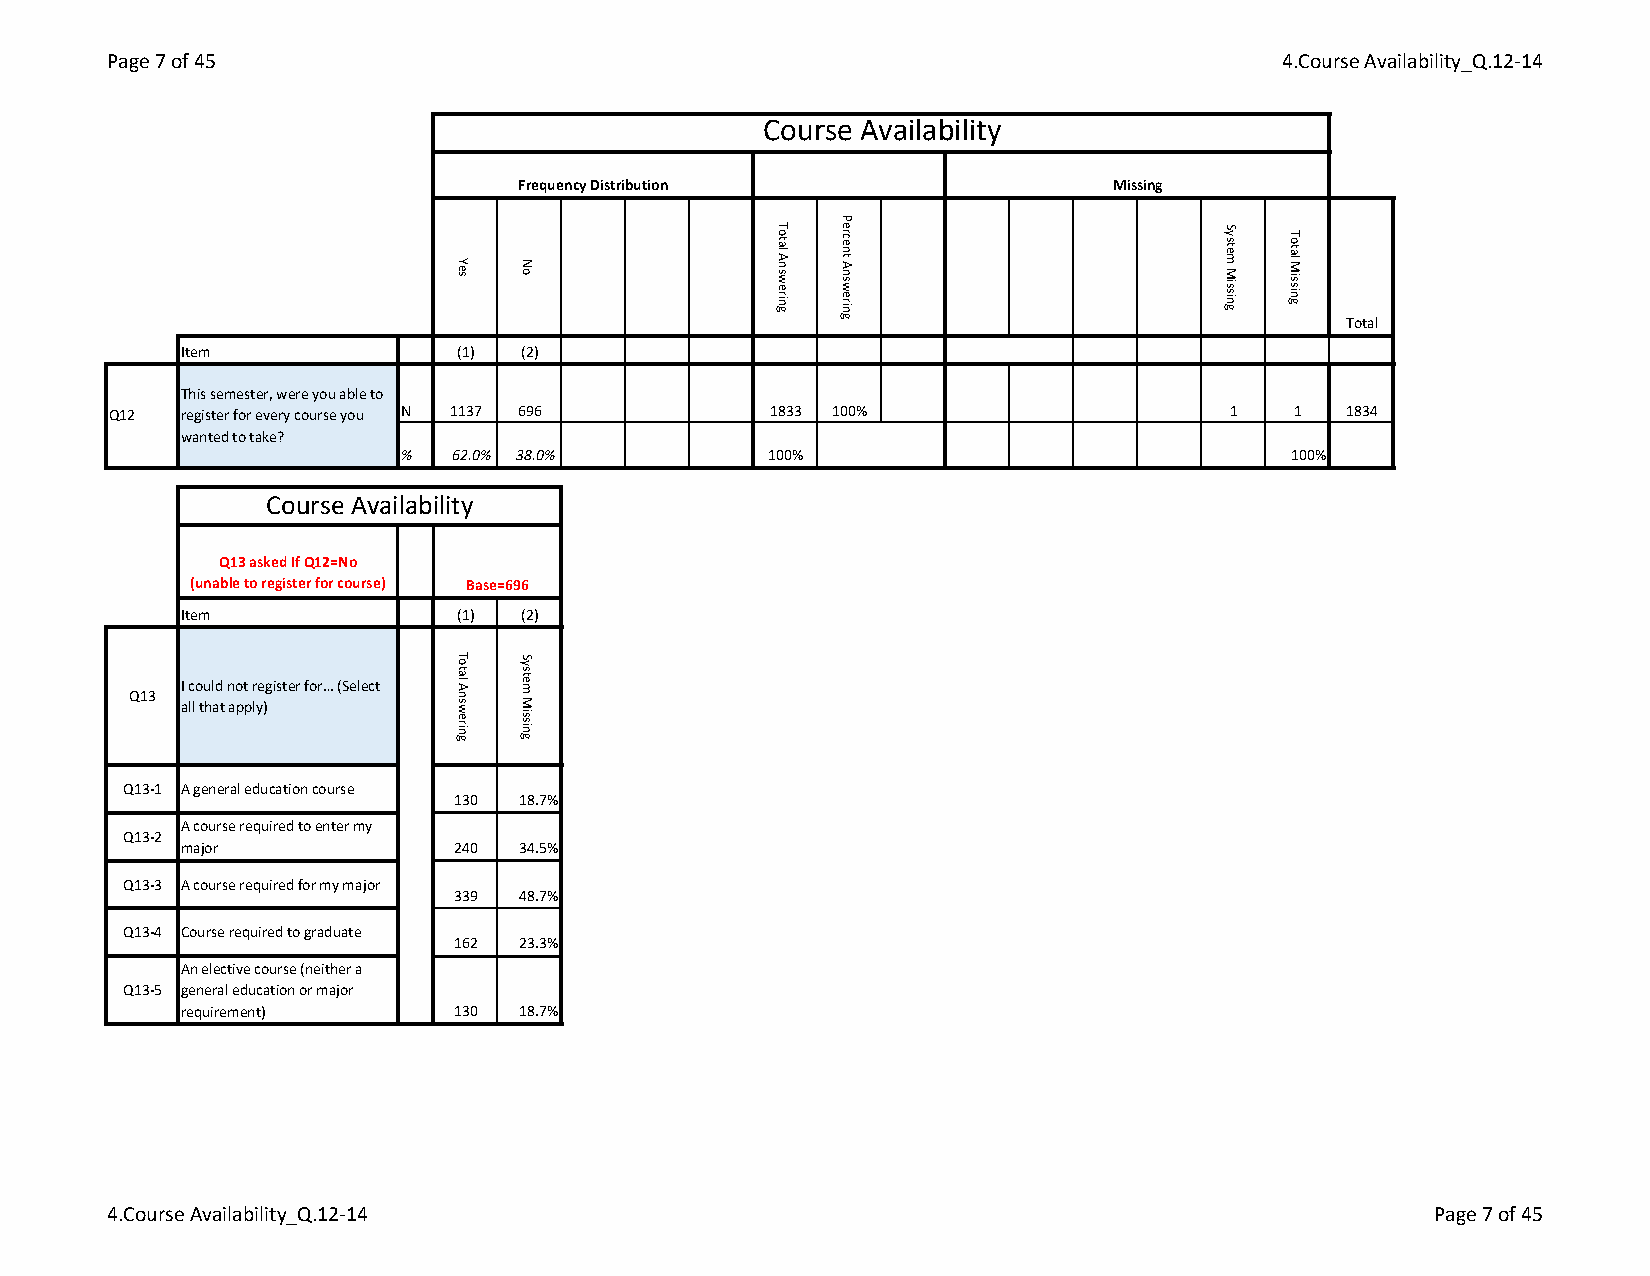
Page 7 of 45                                                                 4.Course Availability_Q.12-14
 Course Availability
 Frequency Distribution                 Missing
 Total
 Item              (1) (2)
 This semester, were you able to
 Q12  register for every course you N 1137 696 1833 100%                   1   1   1834
 wanted to take?
 %   62.0% 38.0%         100%                               100%
 Course Availability
 Q13 asked If Q12=No
 (unable to register for course) Base=696
 Item              (1) (2)
 I could not register for… (Select
 Q13
 all that apply)
 Q13-1 A general education course
 130 18.7%
 A course required to enter my
 Q13-2
 major             240 34.5%
 Q13-3 A course required for my major
 339 48.7%
 Q13-4 Course required to graduate
 162 23.3%
 An elective course (neither a
 Q13-5 general education or major
 requirement)      130 18.7%
 4.Course Availability_Q.12-14                                                           Page 7 of 45
 Yes
 Total
 Answering
 No
 System
 Missing
 Total
 Answering
 Percent
 Answering
 System
 Missing
 Total
 Missing